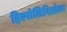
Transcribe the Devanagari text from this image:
हिस्पोलिनिओला